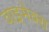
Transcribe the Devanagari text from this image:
वाइमेक्स